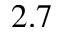
2 . 7